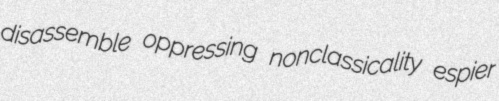
disassemble oppressing nonclassicality espier